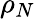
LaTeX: \rho_{N}